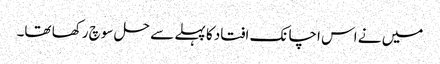
میں نے اس اچانک افتاد کا پہلے سے حل سوچ رکھا تھا۔